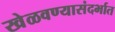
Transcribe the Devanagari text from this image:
खेळवण्यासंदर्भात